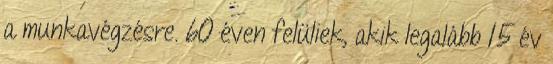
a munkavégzésre. 60 éven felüliek, akik legalább 15 év